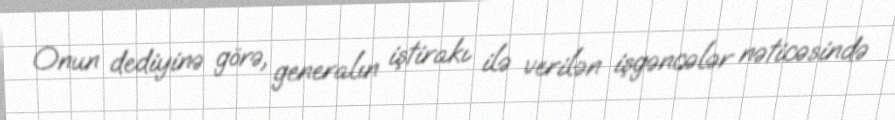
Onun dediyinə görə, generalın iştirakı ilə verilən işgəncələr nəticəsində